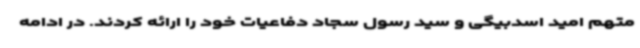
متهم امید اسدبیگی و سید رسول سجاد دفاعیات خود را ارائه کردند. در ادامه